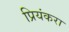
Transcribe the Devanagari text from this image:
प्रियंकरा